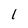
Character: 1